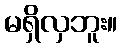
မရှိလှဘူး။